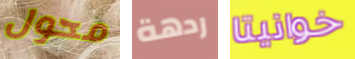
محول ردهة خوانيتا